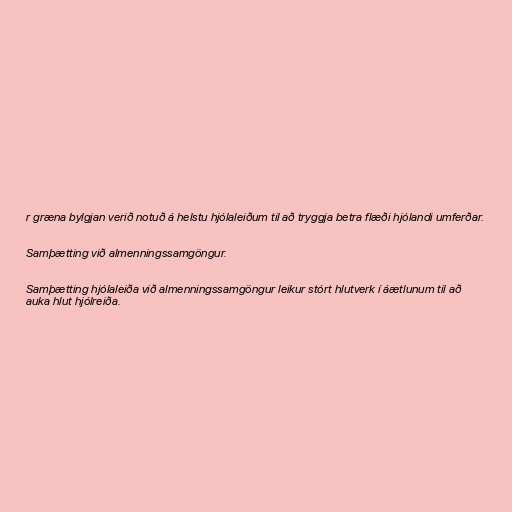
r græna bylgjan verið notuð á helstu hjólaleiðum til að tryggja betra flæði hjólandi umferðar.

Samþætting við almenningssamgöngur.

Samþætting hjólaleiða við almenningssamgöngur leikur stórt hlutverk í áætlunum til að
auka hlut hjólreiða.